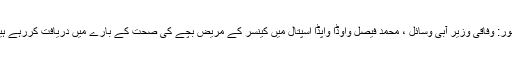
لاہور: وفاقی وزیر آبی وسائل ، محمد فیصل واوڈا واپڈا اسپتال میں کینسر کے مریض بچے کی صحت کے بارے میں دریافت کررہے ہیں۔